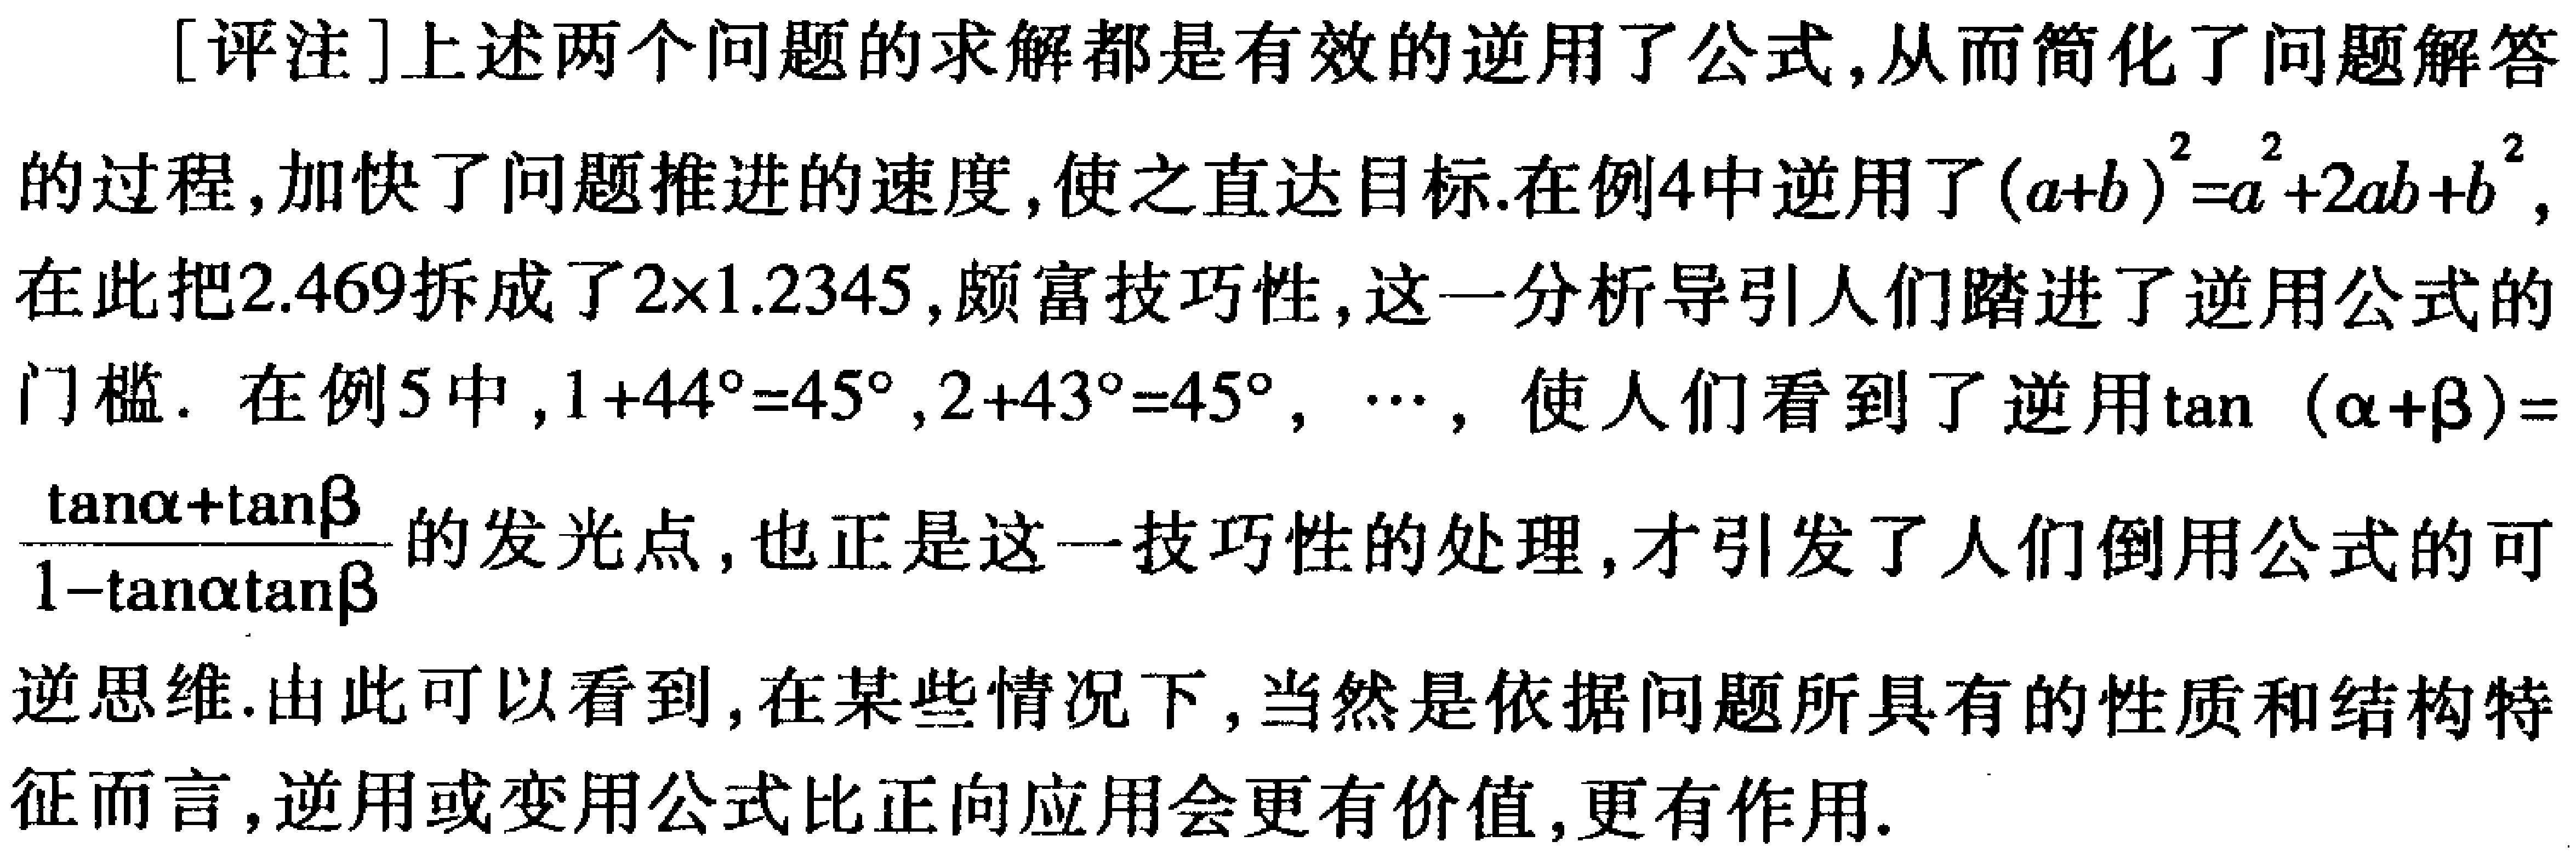
[评注]上述两个问题的求解都是有效的逆用了公式,从而简化了问题解答

的过程,加快了问题推进的速度,使之直达目标.在例4中逆用了\((a + b)^2=a^2 + 2ab + b^2\),

在此把\(2.469\)拆成了\(2\times1.2345\),颇富技巧性,这一分析导引人们踏进了逆用公式的

门槛. 在例5中,\(1 + 44^{\circ}=45^{\circ},2 + 43^{\circ}=45^{\circ},\cdots\), 使人们看到了逆用\(\tan(\alpha+\beta)=\)

\(\frac{\tan\alpha+\tan\beta}{1 - \tan\alpha\tan\beta}\)的发光点,也正是这一技巧性的处理,才引发了人们倒用公式的可

逆思维.由此可以看到,在某些情况下,当然是依据问题所具有的性质和结构特

征而言,逆用或变用公式比正向应用会更有价值,更有作用.